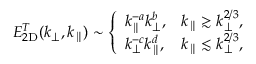
\begin{array} { r } { E _ { 2 \mathrm { D } } ^ { T } ( k _ { \perp } , k _ { \parallel } ) \sim \left\{ \begin{array} { l l } { \displaystyle k _ { \parallel } ^ { - a } k _ { \perp } ^ { b } , } & { \displaystyle k _ { \parallel } \gtrsim k _ { \perp } ^ { 2 / 3 } , } \\ { \displaystyle k _ { \perp } ^ { - c } k _ { \parallel } ^ { d } , } & { \displaystyle k _ { \parallel } \lesssim k _ { \perp } ^ { 2 / 3 } , } \end{array} \right. } \end{array}